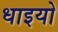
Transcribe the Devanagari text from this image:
धाइयो